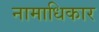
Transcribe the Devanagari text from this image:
नामाधिकार